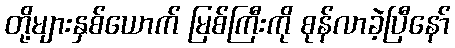
တို့များနှစ်ယောက် မြစ်ကြီးကို စုန်လာခဲ့ပြီနော်